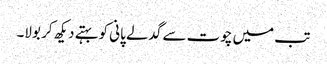
تب میں چوت سے گدلے پانی کو بہتے دیکھ کر بولا۔